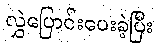
လွှဲပြောင်းပေးခဲ့ပြီး